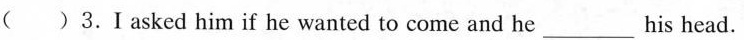
( )3.I asked him if he wanted to come and he___his head.